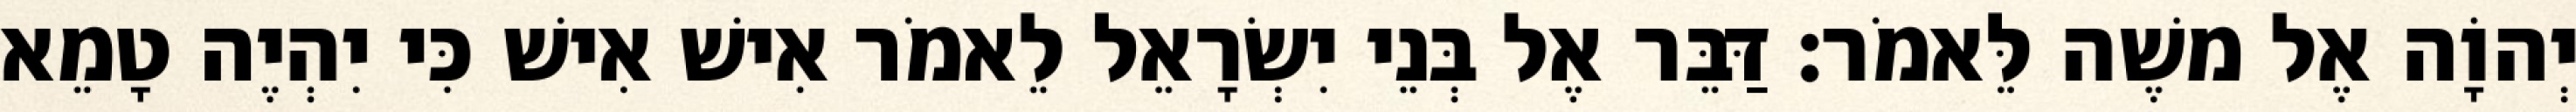
יְהוָֹה אֶל משֶׁה לֵּאמֹר׃ דַּבֵּר אֶל בְּנֵי יִשְׂרָאֵל לֵאמֹר אִישׁ אִישׁ כִּי יִהְיֶה טָמֵא